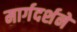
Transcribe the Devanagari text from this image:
मार्गदर्शने